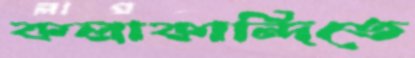
কলাকান্দিতে